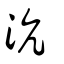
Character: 沆